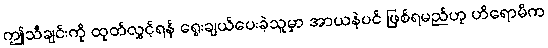
ဤသီချင်းကို ထုတ်လွှင့်ရန် ရွေးချယ်ပေးခဲ့သူမှာ အာယနဲပင် ဖြစ်ရမည်ဟု ဟိရောမိက